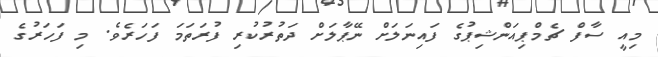
މިއީ ސާފް ޗެމްޕިއަންޝިޕުގެ ފައިނަލަށް ނޭޕާލަށް ދަތުރުކުރި ފުރަތަމަ ފަހަރެވެ. މި ފަހަރުގެ